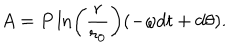
LaTeX: A = P \ln \left( \frac { r } { r _ { 0 } } \right) ( - \omega d t + d \theta ) .